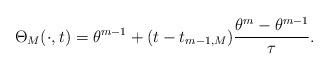
LaTeX: \begin{align*}\Theta_M(\cdot,t)=\theta^{m-1}+(t-t_{m-1,M}) \frac{\theta^m- \theta^{m-1}}{ \tau }. \end{align*}